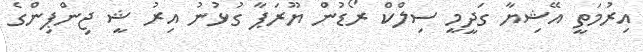
އިރުމަތީ އޭޝިޔާ ގަދީމީ ސިލްކް ރޯޑުން ޔޫރަޕާ ގުޅުނު އިރު ޝީ ޖިންޕިންގެ